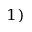
^ { 1 ) }